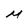
Character: M